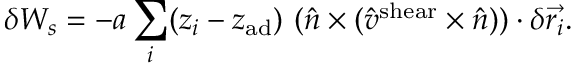
\delta W _ { s } = - a \sum _ { i } ( z _ { i } - z _ { \mathrm { a d } } ) ~ ( \hat { n } \times ( \hat { v } ^ { \mathrm { s h e a r } } \times \hat { n } ) ) \cdot \delta \overrightarrow { r _ { i } } .